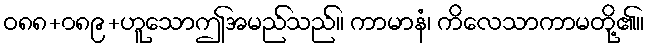
ဝ၈၈+၀၈၉+ဟူသောဤအမည်သည်။ ကာမာနံ၊ ကိလေသာကာမတို့၏။